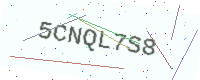
Text: 5CNQL7S8